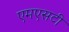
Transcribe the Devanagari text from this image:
एमएसटी